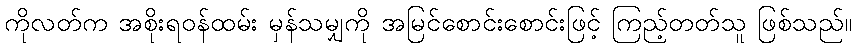
ကိုလတ်က အစိုးရဝန်ထမ်း မှန်သမျှကို အမြင်စောင်းစောင်းဖြင့် ကြည့်တတ်သူ ဖြစ်သည်။